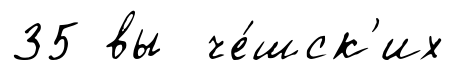
35 вы че́шск'их